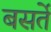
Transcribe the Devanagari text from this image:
बसर्ते